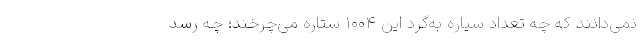
نمی‌دانند که چه تعداد سیاره به‌گرد این ۱۰۰۴ ستاره می‌چرخند؛ چه رسد